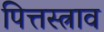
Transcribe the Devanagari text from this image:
पित्तस्त्राव